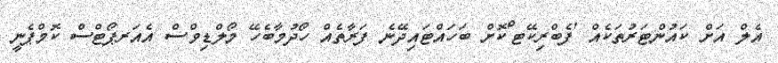
އެލް އަށް ކައުންޓަރުތަކެއް 'ފެބްރިކޭޓ'ްކޮށް ބަހައްޓައިދޭނެ ފަރާތެއް ހޯދުމާބެހޭ މޯލްޑިވްސް އެއަރޕޯޓްސް ކޮމްޕެނީ